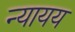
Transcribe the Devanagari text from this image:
न्यायय